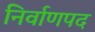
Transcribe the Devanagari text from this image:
निर्वाणपद